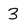
Character: 3